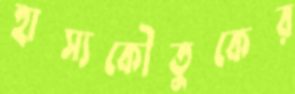
হাস্যকৌতুকের